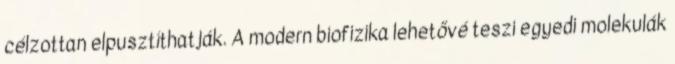
célzottan elpusztíthatják. A modern biofizika lehetővé teszi egyedi molekulák